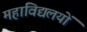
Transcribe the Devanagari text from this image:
महाविद्यलयों